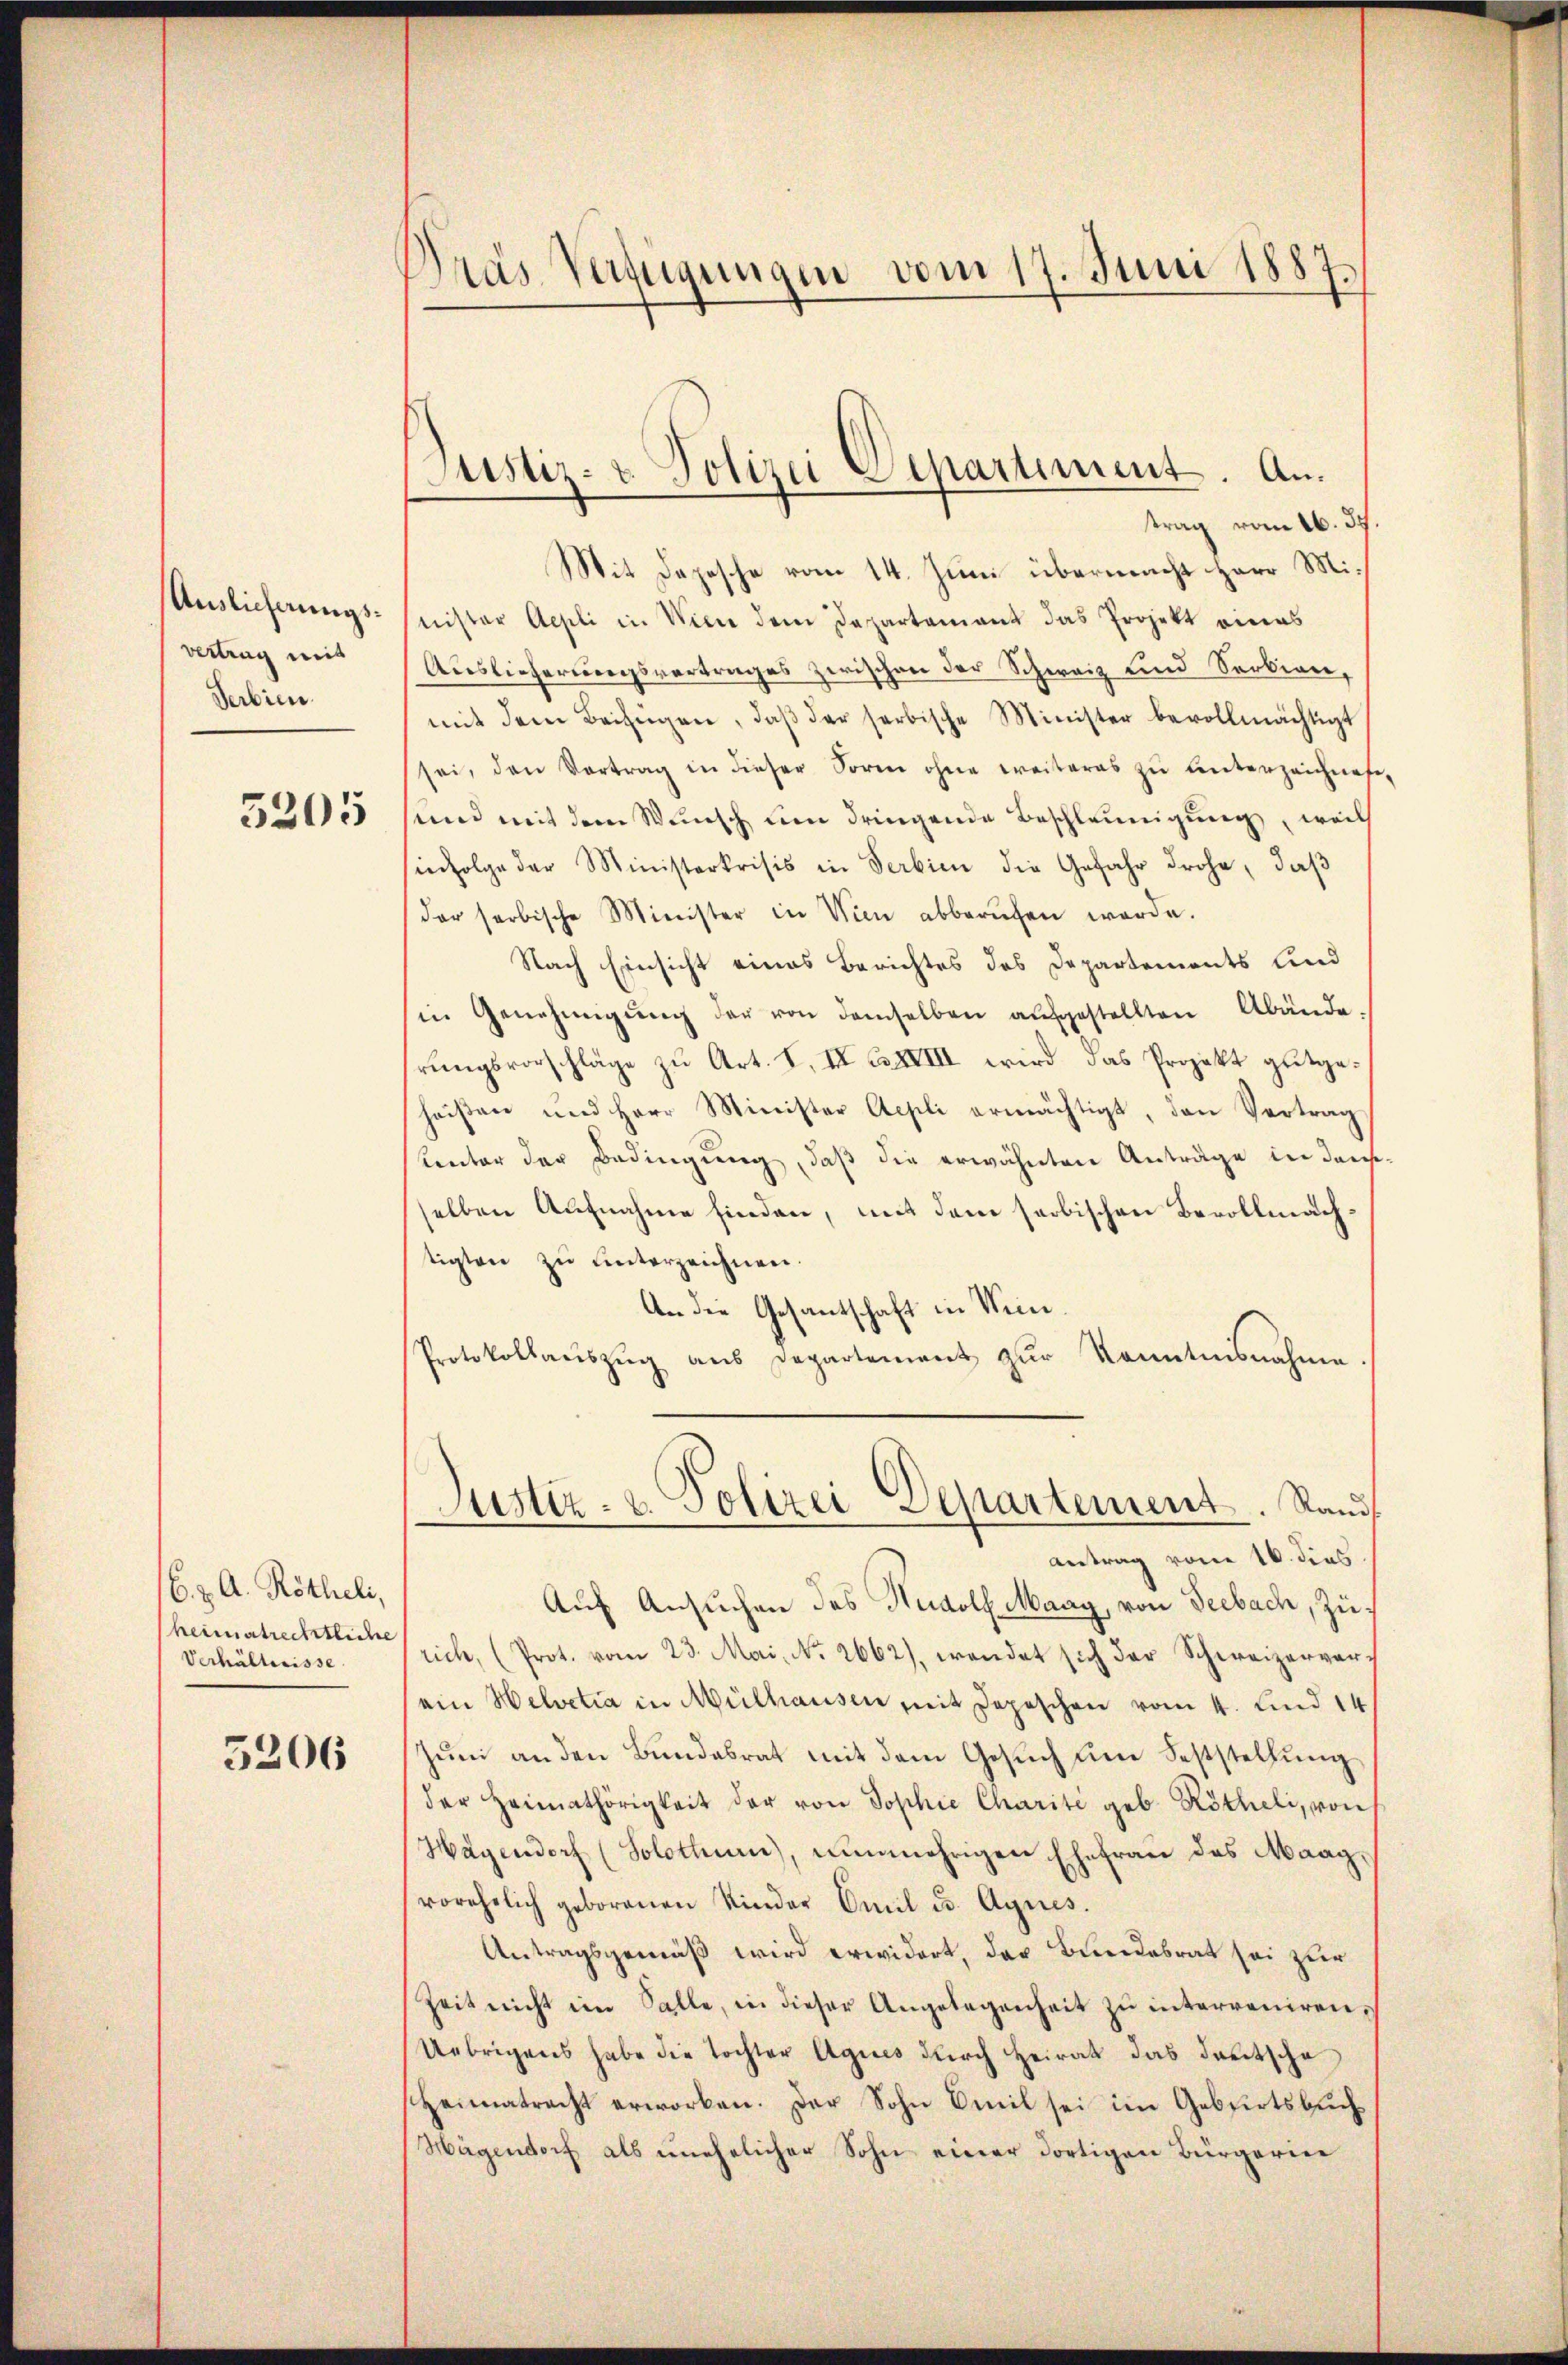
Anslicherungsvertrag mit
Serbien.

5205

16. z. A. Rötheli,
heimatrechtliche
Verhältnisse

5206

Dras Verfügungen vom 17. Juni 1887.

Justiz- & Polizei Departiment. Antrag vom 16. 37

Mit Depesche vom 14. Juni übermacht Herr Minister Aepli in Wien dem Departement das Projekt eines
Auslieferungsvertrages zwischen der Schweiz und Serbien,
mit dem Beifügen, daβ der serbische Minister bevollmächtigt
sei, den Vortrag in dieser Form ohne weiteres zŭ ŭnterzeichnete,
sund mit dem Wunsch um dringende Beschleunigung, weils
infolge der Ministerkrisis in Serbien die Gefahr drohe, daß
der serbische Minister in Wien abberŭfen werde.
Nach Einsicht eines Berichtes des Departements lind
in Genehmigŭng der von demselben aŭfgestellten Abände
rungsvorschläge zu Art. I. II C XVIII wird das Projekt gutgeheißen und Herr Minister Aepli ermächtigt, den Vertrag
uentor der Bedingung, daß die erwähnten Anträge in densselben Aufnahme finden, mit dem saobischen Bevollmachtigten zŭ ŭnterzeichnen.
An die Gesantschaft in Win¬
Protokollaŭszŭg ans Departement zur Kenntnisnahme
Justiz- u. Polizei Alpartement. Stand
Antrag von 16. dies
Auf Ansuchen des Rudolf Maag, von Seebach, zurich, (Prot. vom 23. Mai, No. 2662), wendet sich der Schweizerverein Helvetia in Mülhausen mit Depeschen vom 4. Kind 14
Juni an den Bundesrat mit dem Gesuch um Feststellung
der Heimathörigkeit der von Sophie Charite geb. Röthli, von
Hagendorf (Solothum), nunmehrigen Ehefrau des Maag,
vorehelich geborenen Kinder Emil u. Agnes.
Antragsgemäß wird erwidert, das Bundesrat sei zur
Zeit nicht im Salle, in dieser Angelegenheit zu interveniren¬
Uebrigens habe die Tochter Agnes durch Heirat das deutsche
Heimatracht erworben. Der Sohn Emil sei im Geburtsbuch¬
Hagendorf als unehelicher Sohn einer dortigen Bürgerie